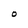
Character: O